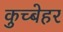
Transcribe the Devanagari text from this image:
कुच्बेहर